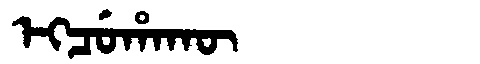
Manchu: ᡝᡴᠴᡠᡥᠠᡴᡡ
Romanization: EKCUHAKŪ